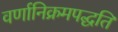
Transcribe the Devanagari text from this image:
वर्णानिक्रमपद्धति